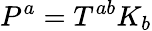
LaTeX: P^{a}=T^{ab}K_{b}